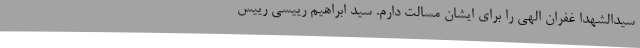
سیدالشهدا غفران الهی را برای ایشان مسالت دارم. سید ابراهیم رییسی رییس